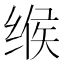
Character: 缑